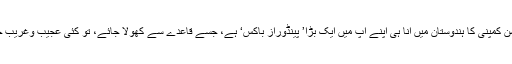
ہچ کے نام سے ہچیسن کمپنی کا ہندوستان میں آنا ہی اپنے آپ میں ایک بڑا’ پینڈوراز باکس‘ ہے، جسے قاعدے سے کھولا جائے، تو کئی عجیب وغریب حقائق اجاگر ہوںگے۔